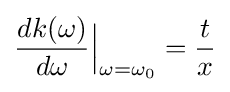
{\frac {dk(\omega )}{d\omega }}{\Big |}_{\omega =\omega _{0}}={\frac {t}{x}}